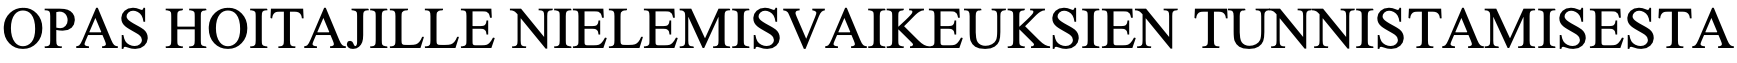
OPAS  HOITAJILLE NIELEMISVAIKEUKSIEN    TUNNISTAMISESTA